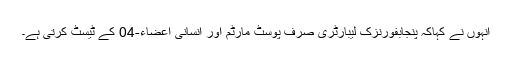
انہوں نے کہاکہ پنجابفورنزک لیبارٹری صرف پوسٹ مارٹم اور انسانی اعضاء-04 کے ٹیسٹ کرتی ہے۔